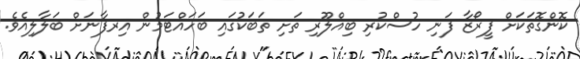
ކޮންގޮތަކަށް ފީރޯޒާ ފަނި ހުސްކުރި ބިއްލޫރި ތަށި ތަބަކުގައި ބަހައްޓަމުން އިރފާނަށް ބަލާލިއެވެ.